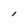
Character: l